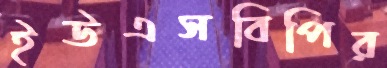
ইউএসবিপির